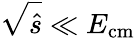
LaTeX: \sqrt{\hat{s}}\ll E_{\mathrm{{cm}}}